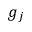
g _ { j }